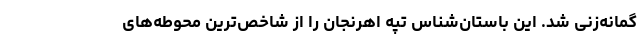
گمانه‌زنی شد. این باستان‌شناس تپه اهرنجان را از شاخص‌ترین محوطه‌های